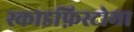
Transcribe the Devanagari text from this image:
स्काइफ़िस्टोमा